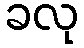
ခလု